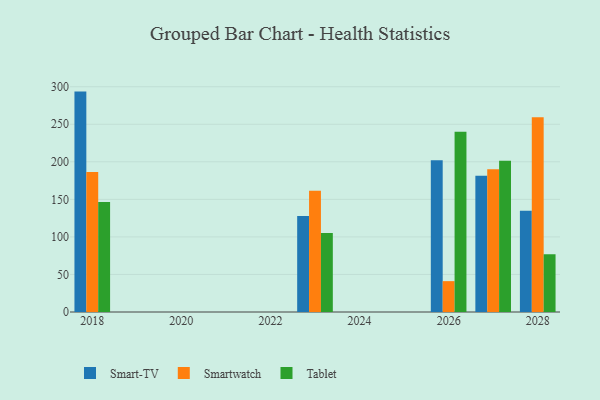
{"axis": {"x": "Year", "y": "Waste Production (Tons)"}, "legend": ["Smart-TV", "Smartwatch", "Tablet"], "data": [{"x": "2023", "y": 127.9, "type": "Smart-TV"}, {"x": "2023", "y": 161.5, "type": "Smartwatch"}, {"x": "2023", "y": 105.1, "type": "Tablet"}, {"x": "2018", "y": 293.5, "type": "Smart-TV"}, {"x": "2018", "y": 186.6, "type": "Smartwatch"}, {"x": "2018", "y": 146.5, "type": "Tablet"}, {"x": "2026", "y": 202.2, "type": "Smart-TV"}, {"x": "2026", "y": 41.1, "type": "Smartwatch"}, {"x": "2026", "y": 240.0, "type": "Tablet"}, {"x": "2027", "y": 181.3, "type": "Smart-TV"}, {"x": "2027", "y": 190.2, "type": "Smartwatch"}, {"x": "2027", "y": 201.3, "type": "Tablet"}, {"x": "2028", "y": 134.9, "type": "Smart-TV"}, {"x": "2028", "y": 259.4, "type": "Smartwatch"}, {"x": "2028", "y": 76.9, "type": "Tablet"}]}